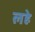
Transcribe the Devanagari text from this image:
लहे